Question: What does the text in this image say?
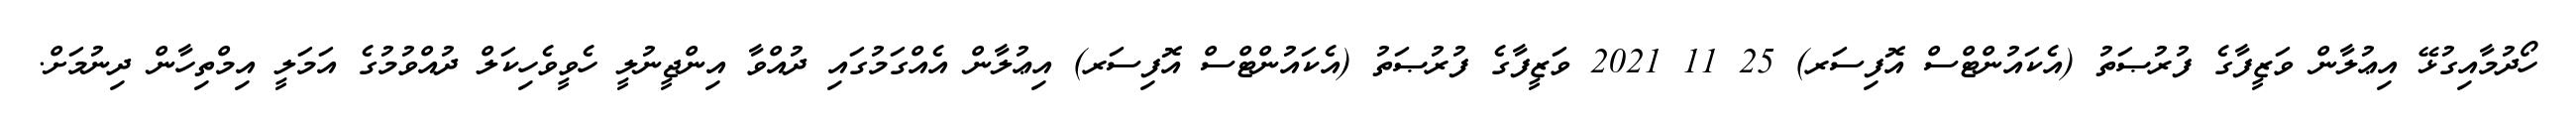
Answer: ހޯދުމާއިގުޅޭ އިޢުލާން ވަޒީފާގެ ފުރުޞަތު (އެކައުންޓްސް އޮފިސަރ) 25 11 2021 ވަޒީފާގެ ފުރުޞަތު (އެކައުންޓްސް އޮފިސަރ) އިޢުލާން އެއްގަމުގައި ދުއްވާ އިންޖީނުލީ ހެވީވެހިކަލް ދުއްވުމުގެ އަމަލީ އިމްތިހާން ދިނުމަށް.